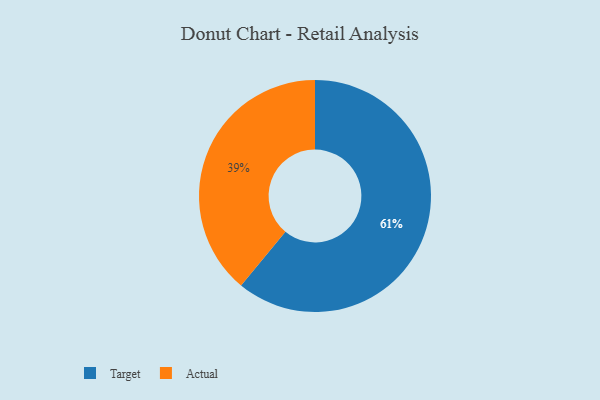
{"axis": {"x": "Category", "y": "Percentage"}, "legend": ["Actual", "Target"], "data": [{"x": "Actual", "y": 39, "type": "Actual"}, {"x": "Target", "y": 61, "type": "Target"}]}